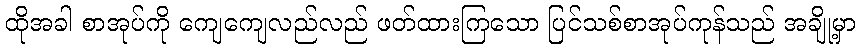
ထိုအခါ စာအုပ်ကို ကျေကျေလည်လည် ဖတ်ထားကြသော ပြင်သစ်စာအုပ်ကုန်သည် အချို့မှာ